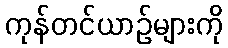
ကုန်တင်ယာဉ်များကို